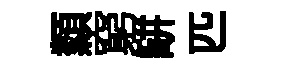
纇窮缾匹